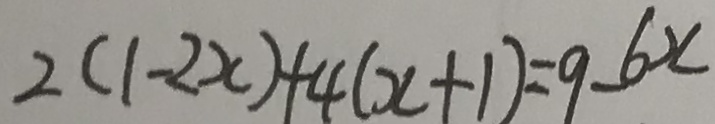
2 ( 1 - 2 x ) + 4 ( x + 1 ) = 9 . 6 x